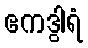
ဧကဒွါရံ